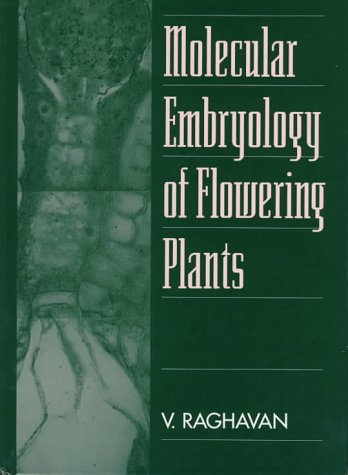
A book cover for Molecular Embryology of Flowering Plants; Valayamghat Raghavan; Medical Books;